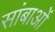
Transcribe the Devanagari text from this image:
सांबाओं